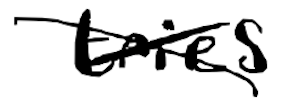
Text: tries
Cross-out: cross
Writing tool: digital_black